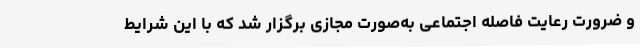
و ضرورت رعایت فاصله اجتماعی به‌صورت مجازی برگزار شد که با این شرایط